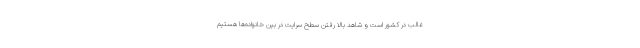
غالب در کشور است و شاهد بالا رفتن سطح سرایت در بین خانواده‌ها هستیم